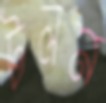
টলন